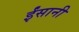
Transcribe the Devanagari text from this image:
ईंसानी